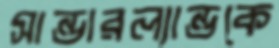
সান্ডারল্যান্ডকে